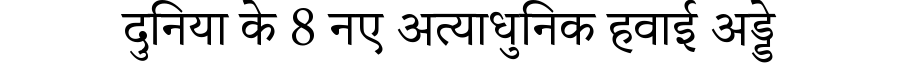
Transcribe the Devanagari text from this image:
दुनिया के 8 नए अत्याधुनिक हवाई अड्डे